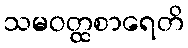
သမဝတ္ထစာရေတိ